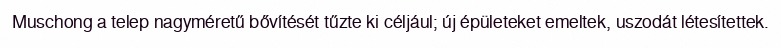
Muschong a telep nagyméretű bővítését tűzte ki céljául; új épületeket emeltek, uszodát létesítettek.